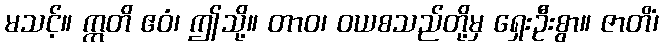
မသင့်။ ဣတိ ဧဝံ၊ ဤသို့။ တာဝ၊ ဝယစသည်တို့မှ ရှေးဦးစွာ။ ဇာတိံ၊